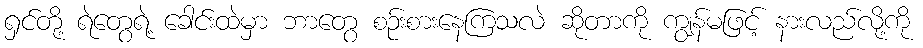
ရှင်တို့ ရဲတွေရဲ့ ခေါင်းထဲမှာ ဘာတွေ စဉ်းစားနေကြသလဲ ဆိုတာကို ကျွန်မဖြင့် နားလည်လို့ကို